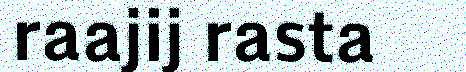
raajij rasta